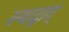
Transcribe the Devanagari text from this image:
स्याद्वाद्